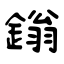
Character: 鎓